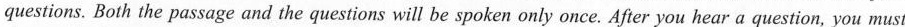
questions.Both the passage and the questions will be spoken only once.After you hear a question, you must